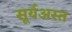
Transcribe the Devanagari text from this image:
सूर्यअस्त